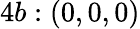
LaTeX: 4b:(0,0,0)